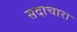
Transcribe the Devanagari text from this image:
सदाचारा